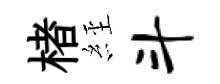
楮𦀇斗